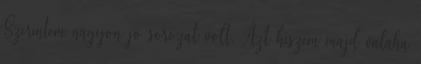
Szerintem nagyon jo sorozat volt. Azt hiszem majd valaha